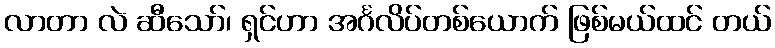
လာတာ လဲ ဆီသော်၊ ရှင်ဟာ အင်္ဂလိပ်တစ်ယောက် ဖြစ်မယ်ထင် တယ်